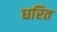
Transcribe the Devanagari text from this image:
धरित